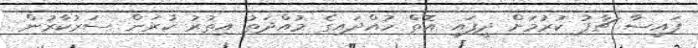
ފައިސާ ޗާޕު ކުރުމަށް ދީފައި އޮތް ހުއްދައިގެ މުއްދަތު އިތުރު ކުރަން ސަރުކާރުން